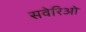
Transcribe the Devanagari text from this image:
सवेरिओ